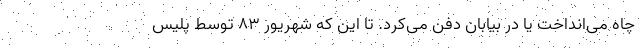
چاه می‌انداخت یا در بیابان دفن می‌کرد. تا این که شهریور ۸۳ توسط پلیس